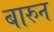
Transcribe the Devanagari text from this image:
बारुन